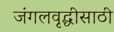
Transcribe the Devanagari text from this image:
जंगलवृद्धीसाठी